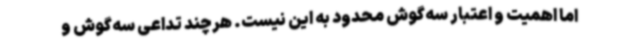
اما اهمیت و اعتبار سه‌گوش محدود به این نیست. هرچند تداعی سه‌گوش و